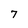
Character: 7